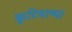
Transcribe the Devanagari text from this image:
कुटियान्मा